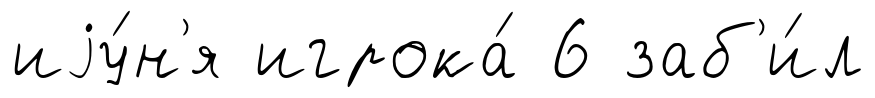
иjу́н'я игрока́ 6 заб'и́л